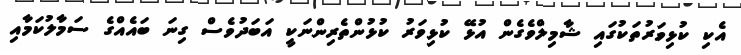
އެކި ކުޅިވަރުތަކުގައި ޝާމިލްވެގެން އުޅޭ ކުޅިވަރު ކުޅުންތެރިންނަކީ އަބަދުވެސް ގިނަ ބައެއްގެ ސަމާލުކަމާއި